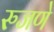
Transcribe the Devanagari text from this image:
रुजणे